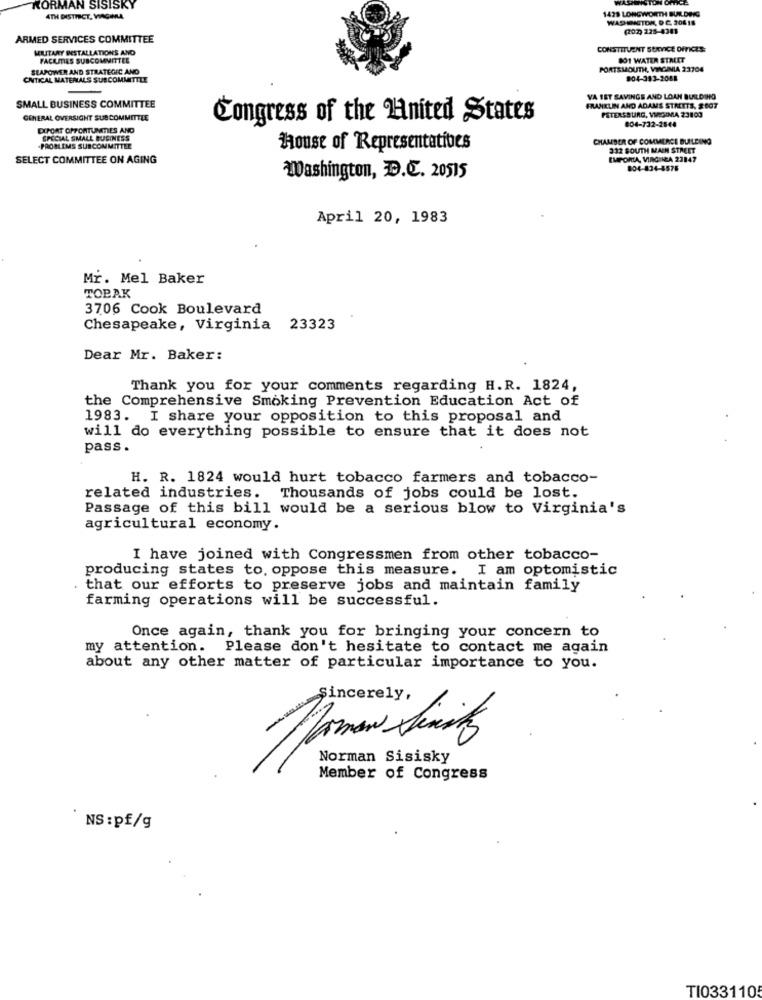
KORMAN SISISKY
1429 LONGWORTH BUILDING
4TH DISTRICT, VAGINA
WASHIGTON, D.C. 20618
(202) 225-4343
ARMED SERVICES COMMITTEE
MILITARY INSTALLATIONS AND
CONSTITUENT SERVICE OFFICES:
FACILITIES SUBCOMMITTEE
801 WATER STREET
SLAPOWER AND STRATEGIC AND
PORTSMOUTH, VINGUNIA 23704
CNTICAL MATERIALS SUBCOMMITTEE
904-393-2088
VA SET SAVINGS AND LOAN BUILDINGS
SMALL BUSINESS COMMITTEE
FRANKLIN AND ADAMS STRETTS, 2007
GENERAL OVERSIGHT SUBCOMMITTEE
Congress of the nited States
PETERSBURG, VMIGIMA 23803
EXPORT OPPORTUNITIES AND
804-732-2548
SPECIAL SMALL BUSINESS
CHAMBER OF COMMERCE BUILDING
PROBLEMS SUBCOMMITTEE
house of Representatives
332 SOUTH MAIN STREET
SELECT COMMITTEE ON AGING
EMPORIA, VIRGINIA 23847
804-834-5575
Washington, D.C. 20515
April 20, 1983
Mr. Mel Baker
TOBAK
3706 Cook Boulevard
Chesapeake, Virginia 23323
Dear Mr. Baker:
Thank you for your comments regarding H.R. 1824,
the Comprehensive Smoking Prevention Education Act of
1983. I share your opposition to this proposal and
will do everything possible to ensure that it does not
pass .
H. R. 1824 would hurt tobacco farmers and tobacco-
related industries. Thousands of jobs could be lost.
Passage of this bill would be a serious blow to Virginia's
agricultural economy.
I have joined with Congressmen from other tobacco-
producing states to, oppose this measure. I am optomistic
that our efforts to preserve jobs and maintain family
farming operations will be successful.
Once again, thank you for bringing your concern to
my attention. Please don't hesitate to contact me again
about any other matter of particular importance to you.
Sincerely,
Norman Sisisky
Member of Congress
NS :pf/g
TI033110